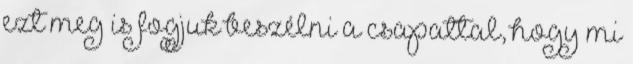
ezt meg is fogjuk beszélni a csapattal, hogy mi